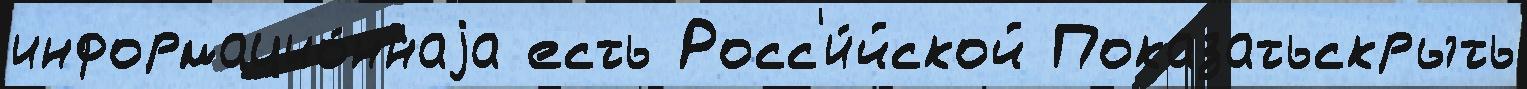
информацио́ннаjа есть Росс'и́йской Показатьскрыть